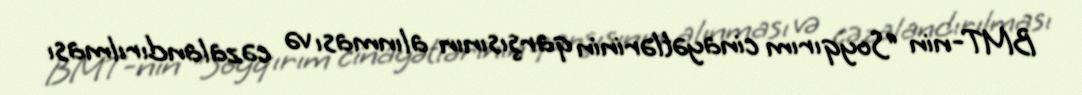
BMT-nin “Soyqırım cinayətlərinin qarşısının alınması və cəzalandırılması